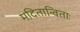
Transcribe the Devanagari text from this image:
मदितान्विताः